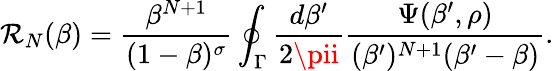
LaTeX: \mathcal{R}_{N}(\beta)={\frac{{\beta^{N+1}}}{{(1-\beta)^{\sigma}}}}\oint_{\Gamma}{\frac{{d\beta^{\prime}}}{{2\pii}}}{\frac{{\Psi(\beta^{\prime},\rho)}}{{(\beta^{\prime})^{N+1}(\beta^{\prime}-\beta)}}}.